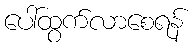
ပေါ်ထွက်လာစေရန်